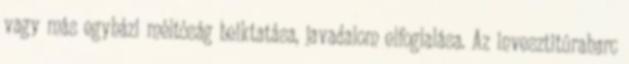
vagy más egyházi méltóság beiktatása, javadalom elfoglalása. Az invesztitúraharc